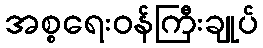
အစ္စရေးဝန်ကြီးချုပ်